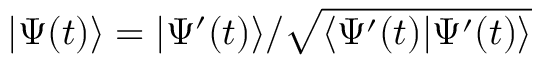
| \Psi ( t ) \rangle = | \Psi ^ { \prime } ( t ) \rangle / \sqrt { \langle \Psi ^ { \prime } ( t ) | \Psi ^ { \prime } ( t ) \rangle }